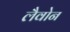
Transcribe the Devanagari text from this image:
लैवोन